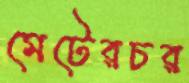
মেটেরচর